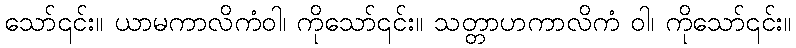
သော်၎င်း။ ယာမကာလိကံဝါ၊ ကိုသော်၎င်း။ သတ္တာဟကာလိကံ ဝါ၊ ကိုသော်၎င်း။